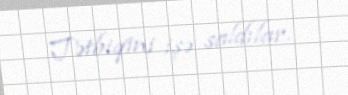
Tətbiqini işə saldılar.